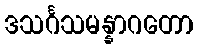
ဒသင်္ဂသမန္နာဂတော